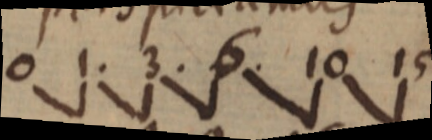
0 1. 3. 6. 10 15